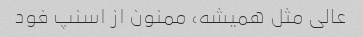
عالی مثل همیشه، ممنون از اسنپ فود